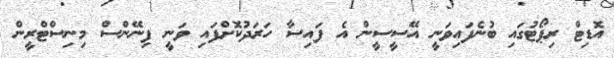
އޮޑިޓް ރިޕޯޓުގައި ބުނެފައިވަނީ އޭސީސީން އެ ފައިސާ ހަރަދުކޮށްފައި ވަނީ ފިނޭންސް މިނިސްޓްރީން